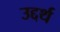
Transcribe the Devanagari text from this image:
उद्दर्थ